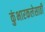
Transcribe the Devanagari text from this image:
कुंभारकलेसाठी